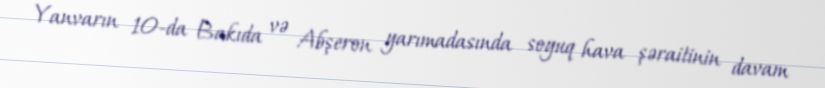
Yanvarın 10-da Bakıda və Abşeron yarımadasında soyuq hava şəraitinin davam